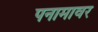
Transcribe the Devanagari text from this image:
पनामावर